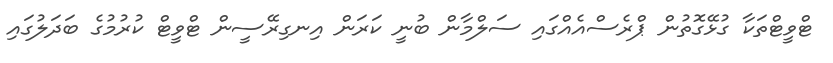
ޓްވީޓްތަކާ ގުޅޭގޮތުން ޕްރެސްއެއްގައި ސަލްމާން ބުނީ ކަރަން އިނގިރޭސީން ޓްވީޓް ކުރުމުގެ ބަދަލުގައި